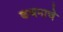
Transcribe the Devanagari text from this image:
कथनाचे